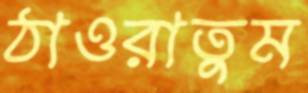
ঠাওরাতুম